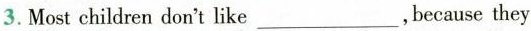
3. Most children don't like ___ , because they